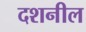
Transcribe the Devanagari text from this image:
दशनील